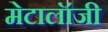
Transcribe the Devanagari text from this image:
मेटालॉजी